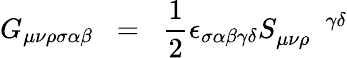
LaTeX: G_{\mu\nu\rho\sigma\alpha\beta}\; \; =\; \; \frac{1}{2}\epsilon_{\sigma\alpha\beta\gamma\delta}S_{\mu\nu\rho}^{\; \; \; \; \; \; \gamma\delta}